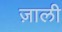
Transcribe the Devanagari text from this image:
ज़ाली